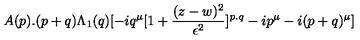
A ( p ) . ( p + q ) \Lambda _ { 1 } ( q ) [ - i q ^ { \mu } [ 1 + { \frac { ( z - w ) ^ { 2 } } { \epsilon ^ { 2 } } } ] ^ { p . q } - i p ^ { \mu } - i ( p + q ) ^ { \mu } ]